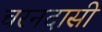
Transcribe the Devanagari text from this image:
चरनदासी